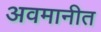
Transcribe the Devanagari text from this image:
अवमानीत